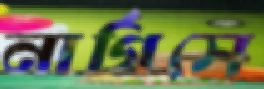
নার্গিসে